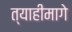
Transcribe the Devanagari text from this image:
त्याहीमागे